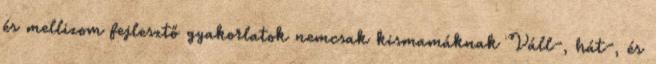
és mellizom fejlesztő gyakorlatok nemcsak kismamáknak Váll-, hát-, és